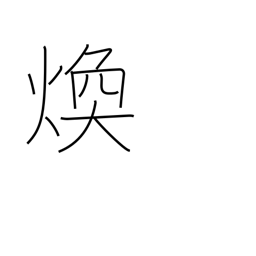
Meaning: shine